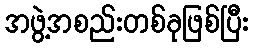
အဖွဲ့အစည်းတစ်ခုဖြစ်ပြီး